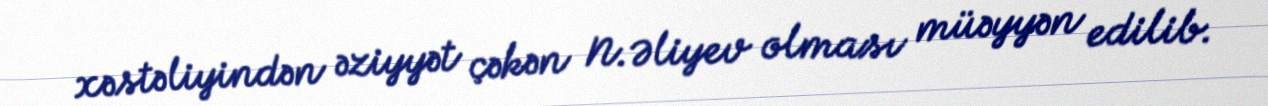
xəstəliyindən əziyyət çəkən N.Əliyev olması müəyyən edilib.